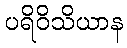
ပရိဝိသိယာန